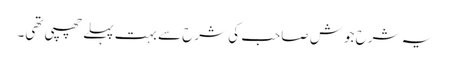
یہ شرح جوش صاحب کی شرح سے بہت پہلے چھپی تھی۔